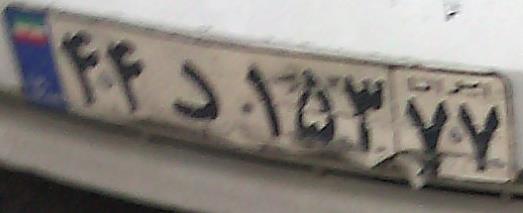
۴۴د۱۵۳۷۷